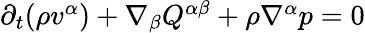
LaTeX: \begin{array}{r}{\partial_{t}(\rho v^{\alpha})+\nabla_{\beta}Q^{\alpha\beta}+\rho\nabla^{\alpha}p=0}\end{array}